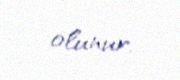
olunur.